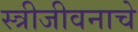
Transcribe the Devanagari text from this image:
स्त्रीजीवनाचे